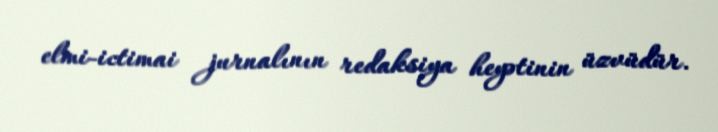
elmi-ictimai jurnalının redaksiya heyətinin üzvüdür.